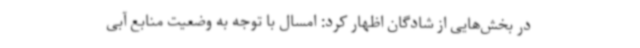
در بخش‌هایی از شادگان اظهار کرد: امسال با توجه به وضعیت منابع آبی